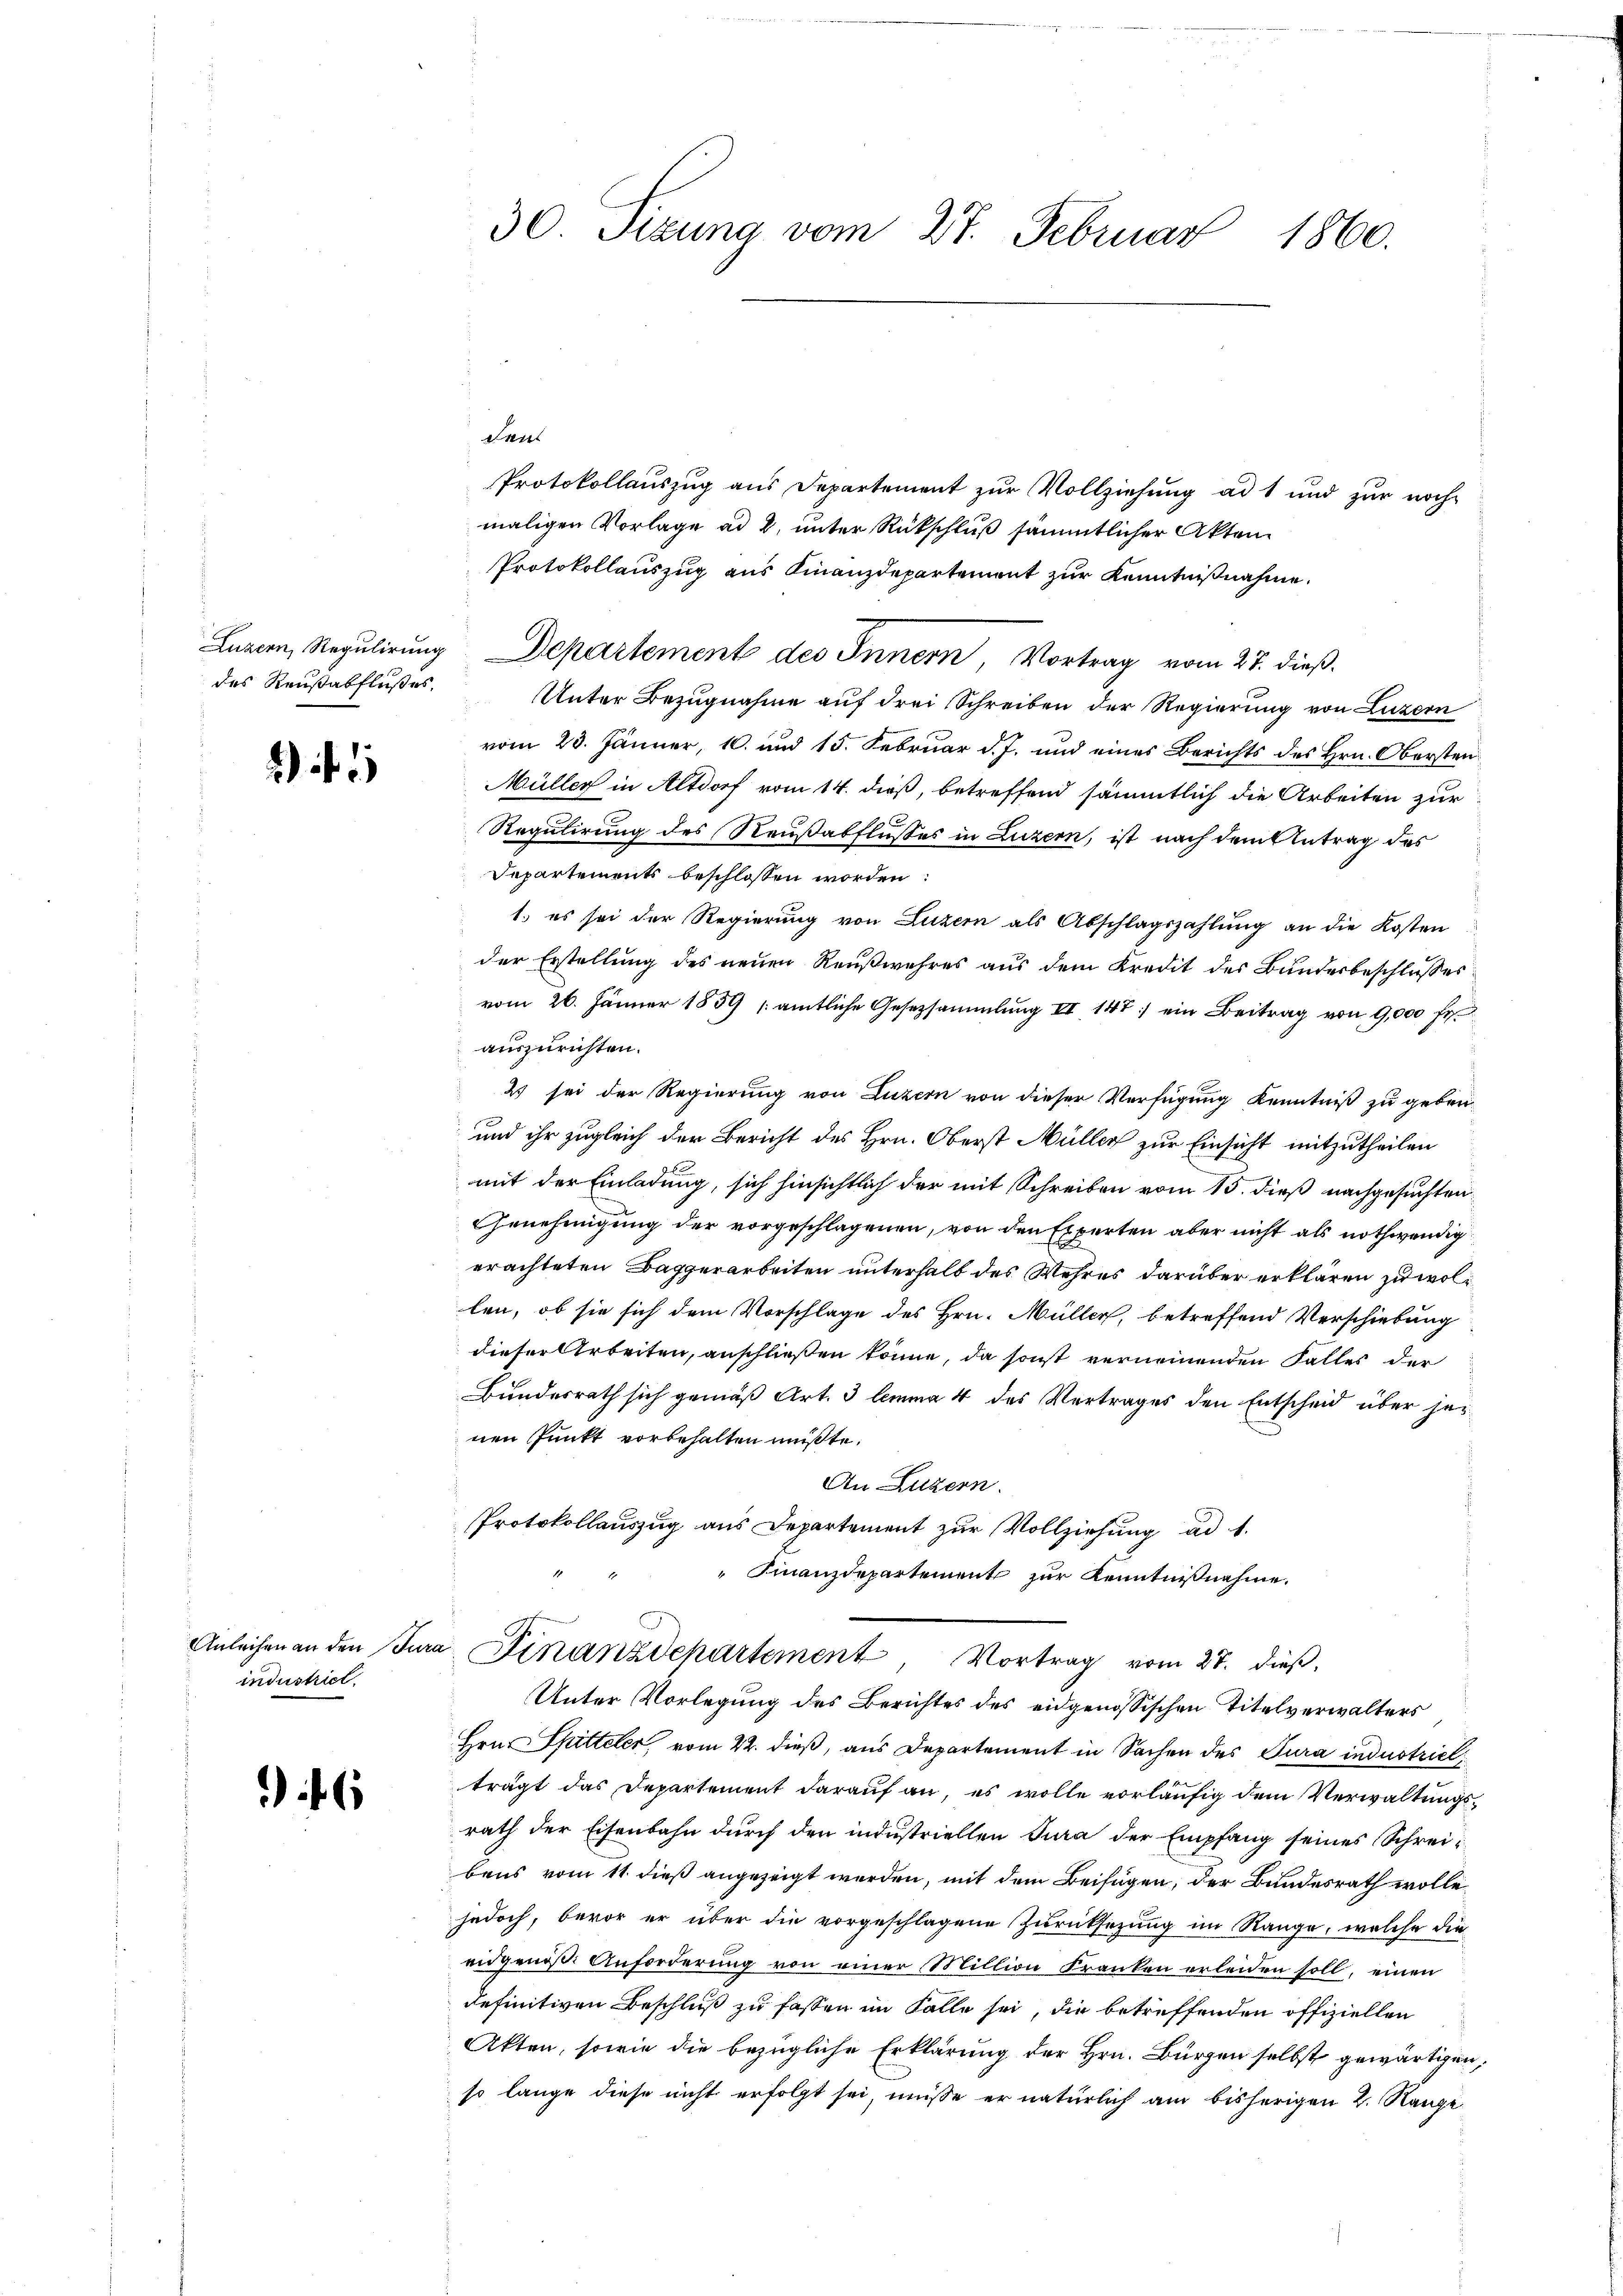
des Reußabflußes,

)

industriel

6

30. Sizung vom 27. Februar 1860.

dan
Protokollaŭszŭg aŭs Departement zŭr Vollziehŭng ad 1 und zŭr noch
maligen Vorlage ad 2. unter Rückschluß sämmtlicher Akten
Protokollauszug aus Finanzdepartement zur Kenntnißnahme.
Luzern, Regulirung Departement des Innern, Vortrag vom 27. dieß.
Unter Bezugnahme auf drei Schreiben der Regierung von Luzern
vom 23. Jänner, 10. und 15. Februar d. J. und eines Berichts des Hrn. Obersten
Müller in Altdorf vom 14. dieß, betreffend sämmtlich die Arbeiten zur
Regulirung des Reußabflusses in Luzern, ist nach dem Antrag des
Departements beschlossen worden:
1. es sei der Regierung von Luzern als Abschlagszahlŭng an die Kosten
der Erstellung des neuen Reußwuhres aus dem Kredit des Bundesbeschlusses
vom 26. Jänner 1859 (amtliche Gesetzsammlung II 147) ein Beitrag von 9,000 fr.
auszurichten.
2 sei der Regierung von Luzern von dieser Verfügung Kenntniß zu geben.
und ihr zugleich der Bericht des Hrn. Oberst Müller zur Einsicht mitzutheilen
mit der Einladung, sich hinsichtlich der mit Schreiben vom 15. dieß nachgesuchten
Genehmigung der vorgeschlagenen, von den Experten aber nicht als nothwendig
erachteten Baggerarbeiten unterhalb des Wehres darüber erklären zu wollen, ob sie sich dem Vorschlage des Hrn. Müller, betreffend Verschiebung
dieser Arbeiten, anschließen könne, da sonst verneinenden Falles der
Bundesrath sich gemäß Art. 3 lemma 4 des Vertrages den Entscheid über jenen Punkt vorbehalten müßte.
An Luzern.
Protokollauszug aus Departement zur Vollziehung ad 1.
 Finanzdepartement zur Kenntnißnahme.
Anleihen an den Jura Finanzdchartement, Vortrag vom 27. dieß,
Unter Vorlegung des Berichtes des eidgenössischen Titelverwalters
Hrn. Spitteler, vom 22. dieß, aus Departement in Sachen des Jura industriel
trägt das Departement darauf an, es wolle vorläufig dem Verwaltungsrath der Eisenbahn durch den industriellen Jura der Empfang seines Schreibens vom 11. dieß angezeigt werden, mit dem Beifügen, der Bundesrath wolle,
jedoch, bevor er über die vorgeschlagene Zurücksetzung im Range, welche die
eidgenoß. Anforderung von einer Million Franken erleiden soll, einen
definitiven Beschluß zu fassen im Falle sei, die betreffenden offiziellen
Akten, sowie die bezügliche Erklärung der Hrn. Bürgen selbst gewärtigen,
so lange diese nicht erfolgt sei, müsse er natürlich am bisherigen 2. Range